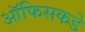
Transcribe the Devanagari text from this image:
ऑफिसकडे